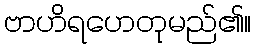
ဗာဟိရဟေတုမည်၏။